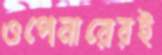
ওপেনারেরই